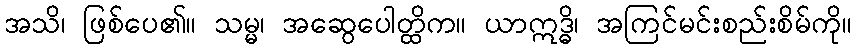
အသိ၊ ဖြစ်ပေ၏။ သမ္မ၊ အဆွေပေါတ္ထိက။ ယာဣဒ္ဓိ၊ အကြင်မင်းစည်းစိမ်ကို။